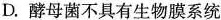
D.酵母菌不具有生物膜系统